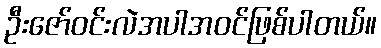
ဦးဇော်ဝင်းလဲအပါအဝင်ဖြစ်ပါတယ်။